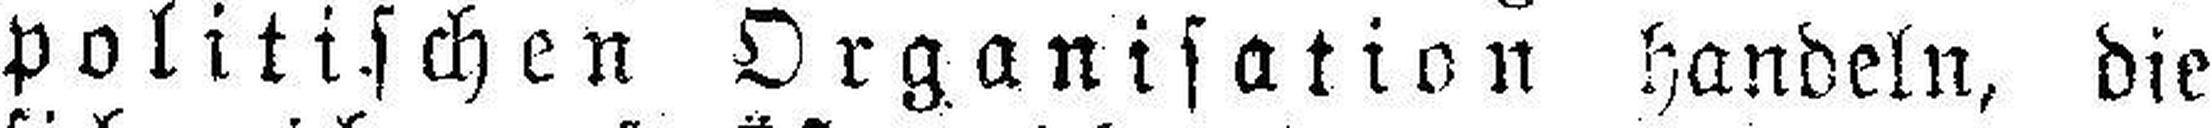
politischen Organisation handeln, die